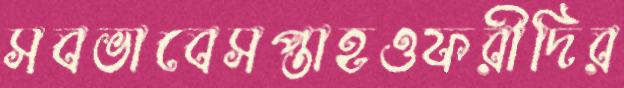
সবভাবেসপ্তাহওফরীদির